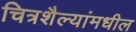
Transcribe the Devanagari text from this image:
चित्रशैल्यांमधील